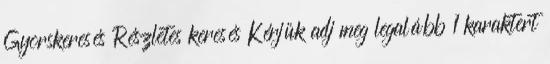
Gyorskeresés Részletes keresés Kérjük adj meg legalább 1 karaktert